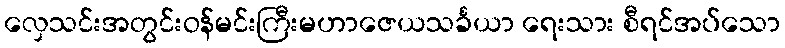
လှေသင်းအတွင်းဝန်မင်းကြီးမဟာဇေယသင်္ခယာ ရေးသား စီရင်အပ်သော